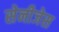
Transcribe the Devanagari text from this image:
सेनीजेस